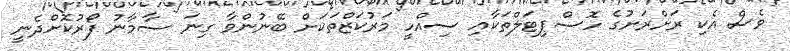
ވެސް އެކި ރަށްރަށުގެ ހޮސްޕިޓަލްތަކާއި ސިއްހީ މަރުކަޒްތަކަށް ބޭނުންވާ ގިނަ ސާމާނު ފޯރުކޮށްދެނީ